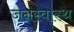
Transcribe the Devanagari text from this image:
जनस्वास्थ